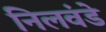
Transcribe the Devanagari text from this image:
निलवंडे